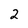
Character: 2